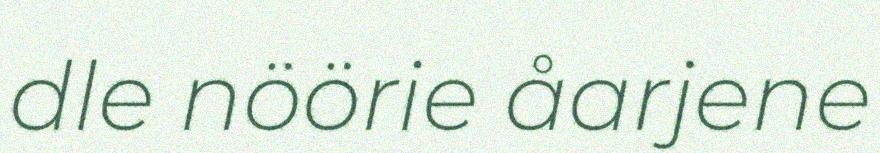
dle nöörie åarjene